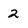
Character: 2